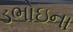
ડભોઇના